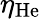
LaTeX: \eta_{\mathrm{He}}